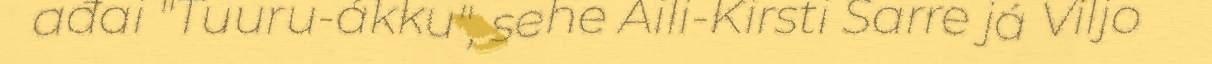
ađai "Tuuru-ákku", sehe Aili-Kirsti Sarre já Viljo